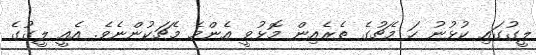
ލީގުގައި ކުޅުނު ހަ މެޗުގެ ތެރެއިން މޮޅުވީ އެންމެ މެޗަކުންނެވެ. އެއީ ލީގުގެ